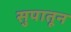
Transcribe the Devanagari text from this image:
सुपातून